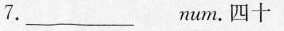
7.___num.四十